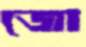
জো